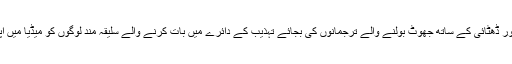
بدتمیزی کرنے اور ڈھٹائی کے ساتھ جھوٹ بولنے والے ترجمانوں کی بجائے تہذیب کے دائرے میں بات کرنے والے سلیقہ مند لوگوں کو میڈیا میں اپنا ترجمان بنائیں۔